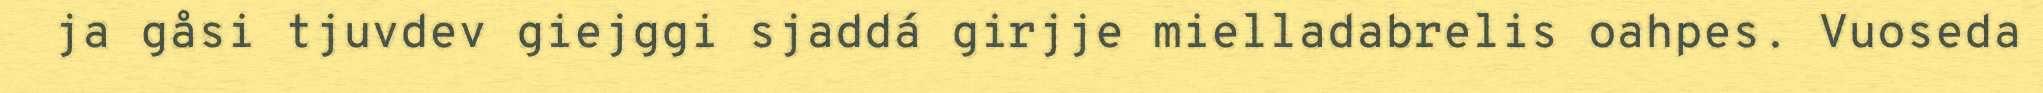
ja gåsi tjuvdev giejggi sjaddá girjje mielladabrelis oahpes. Vuoseda